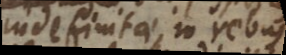
indefinitae, in rebus